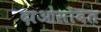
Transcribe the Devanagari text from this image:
दाओसोबत